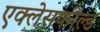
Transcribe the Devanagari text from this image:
एक्लेसफील्ड